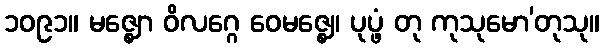
၁၀၉၁။ မဇ္ဈော ဝိလဂ္ဂေ ဝေမဇ္ဈေ၊ ပုပ္ဖံ တု ကုသုမော’တုသု။